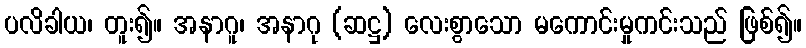
ပလိခါယ၊ တူး၍။ အနာဂူ၊ အနာဂု (ဆဋ္ဌ) လေးစွာသော မကောင်းမှုကင်းသည် ဖြစ်၍။